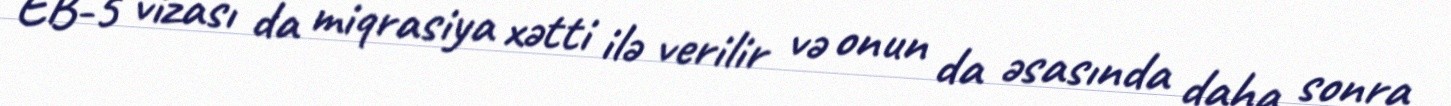
EB-5 vizası da miqrasiya xətti ilə verilir və onun da əsasında daha sonra